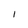
Character: l